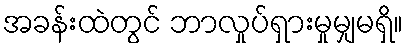
အခန်းထဲတွင် ဘာလှုပ်ရှားမှုမျှမရှိ။